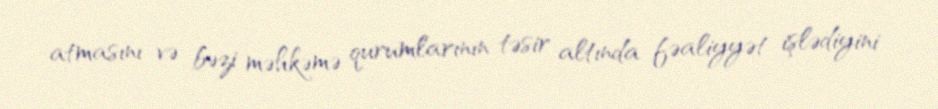
atmasını və bəzi məhkəmə qurumlarının təsir altında fəaliyyət işlədiyini